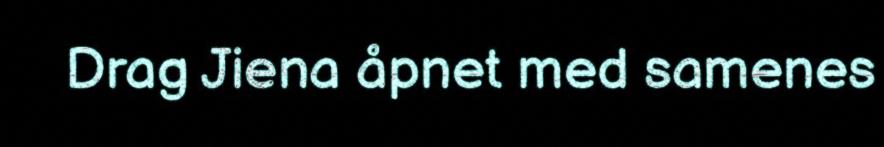
Drag Jiena åpnet med samenes